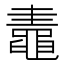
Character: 鼃